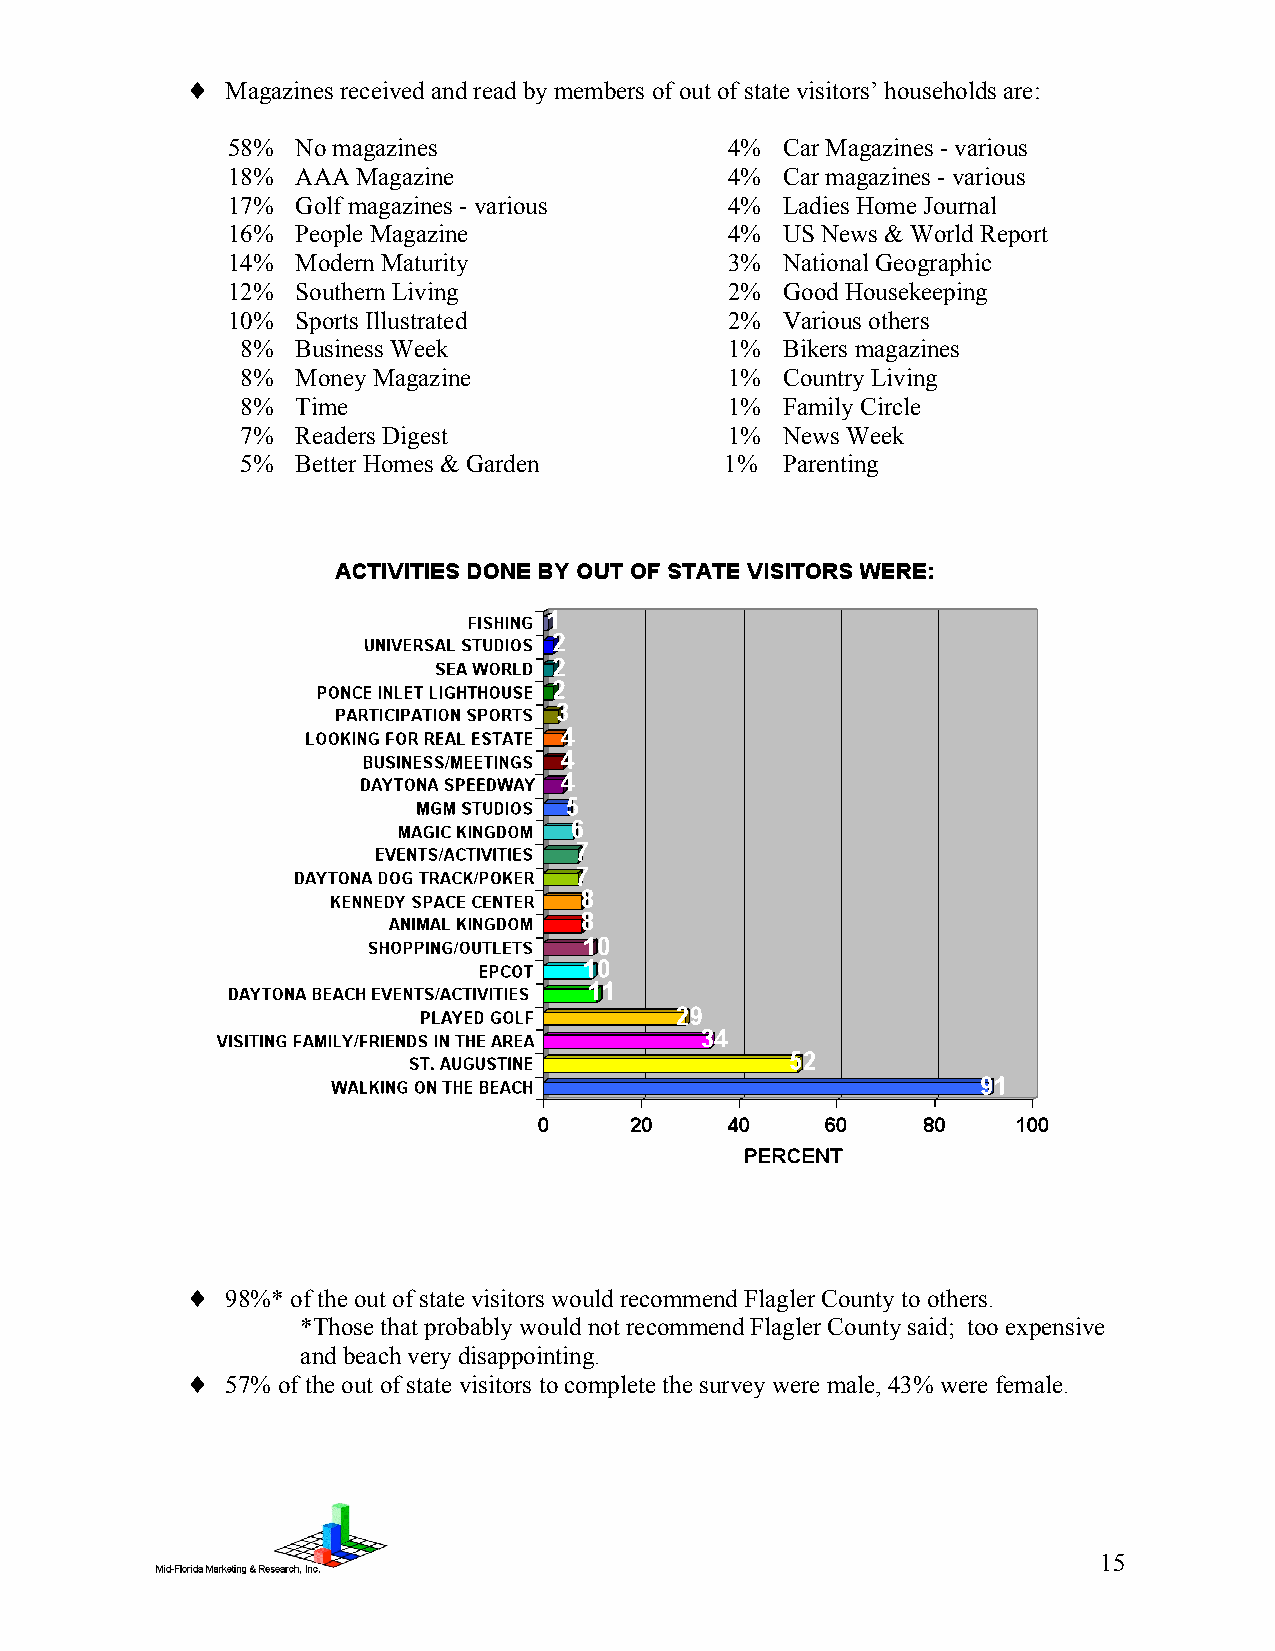
♦  Magazines received and read by members of out of state visitors’ households are:
 58%  No magazines                4%  Car Magazines - various
 18%  AAA Magazine                4%  Car magazines - various
 17%  Golf magazines - various    4%  Ladies Home Journal
 16%  People Magazine             4%  US News & World Report
 14%  Modern Maturity             3%  National Geographic
 12%  Southern Living             2%  Good Housekeeping
 10%  Sports Illustrated          2%  Various others
 8%  Business Week               1%  Bikers magazines
 8%  Money Magazine              1%  Country Living
 8%  Time                        1%  Family Circle
 7%  Readers Digest              1%  News Week
 5%  Better Homes & Garden       1%  Parenting
 ♦  98%* of the out of state visitors would recommend Flagler County to others.
 *Those that probably would not recommend Flagler County said; too expensive
 and beach very disappointing.
 ♦  57% of the out of state visitors to complete the survey were male, 43% were female.
 15